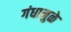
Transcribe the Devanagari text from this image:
गंधामुळे